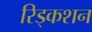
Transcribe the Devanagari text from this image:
रिड्कशन